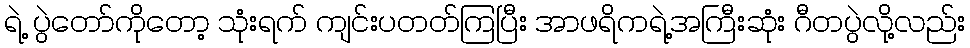
ရဲ့ ပွဲတော်ကိုတော့ သုံးရက် ကျင်းပတတ်ကြပြီး အာဖရိကရဲ့အကြီးဆုံး ဂီတပွဲလို့လည်း